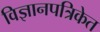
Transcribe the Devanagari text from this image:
विज्ञानपत्रिकेत